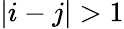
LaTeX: \vert i-j\vert>1